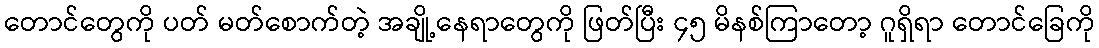
တောင်တွေကို ပတ် မတ်စောက်တဲ့ အချို့နေရာတွေကို ဖြတ်ပြီး ၄၅ မိနစ်ကြာတော့ ဂူရှိရာ တောင်ခြေကို